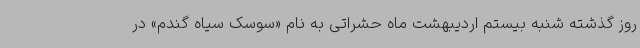
روز گذشته شنبه بیستم اردیبهشت ماه حشراتی به نام «سوسک سیاه گندم» در